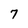
Character: 7